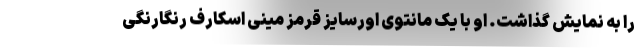
را به نمایش گذاشت. او با یک مانتوی اورسایز قرمز مینی اسکارف رنگارنگی